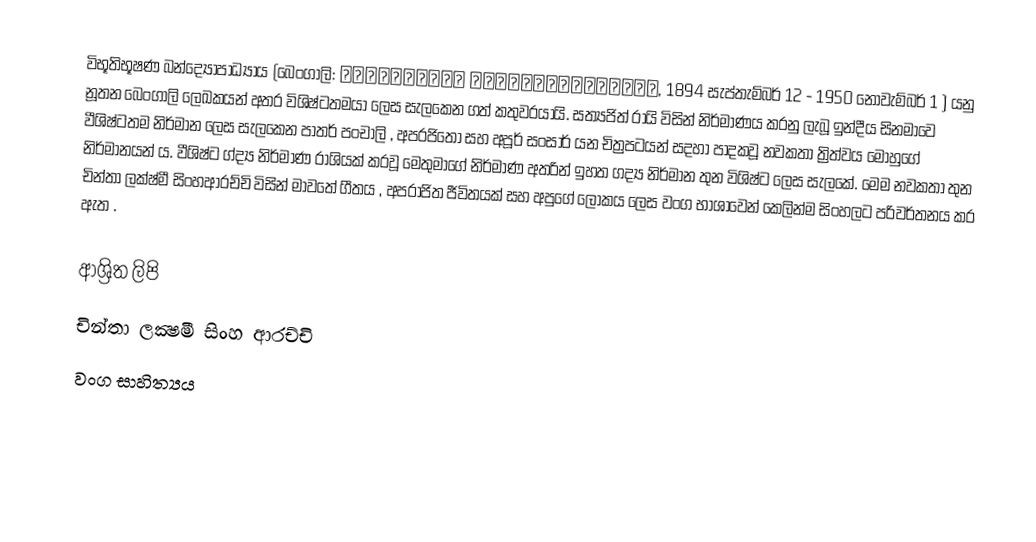
විභූතිභූෂණ බන්ද්‍යොපාධ්‍යාය (බෙංගාලි: বিভূতিভূষণ বন্দ্যোপাধ্যায়,   1894 සැප්තැම්බර් 12 -  1950 නොවැම්බර් 1 ) යනු නූතන බෙංගාලි ලෙඛකයන් අතර විශිෂ්ටතමයා ලෙස සැලකෙන ගත් කතුවරයායි. සත්‍යජිත් රායි විසින් නිර්මාණය කරනු ලැබූ ඉන්දීය සිනමාවෙ වීශිෂ්ටතම නිර්මාන ලෙස සැලකෙන පාතර් පංචාලි , අපරජිතෝ සහ අපූර් සංසාර් යන චිත්‍රපටයන් සදහා පාදකවූ නවකතා ත්‍රිත්වය මොහුගේ නිර්මානයන් ය. වීශිෂ්ට ග්ද්‍ය නිර්මාණ රාශියක් කරවූ මෙතුමාගේ නිර්මාණ අතරින් ඉහත ගද්‍ය නිර්මාන තුන විශිෂ්ට ලෙස සැලකේ. මෙම නවකතා තුන චින්තා ලක්ෂ්මී සිංහආරච්චි විසින් මාවතේ ගීතය , අපරාජිත ජීවිතයක් සහ අපුගේ ලෝකය ලෙස වංග භාශාවෙන් කෙලින්ම සිංහලට පරිවර්තනය කර ඇත .

ආශ්‍රිත ලිපි
 චින්තා ලක්‍ෂමී සිංහ ආරච්චි
වංග සාහිත්‍යය